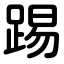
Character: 踢